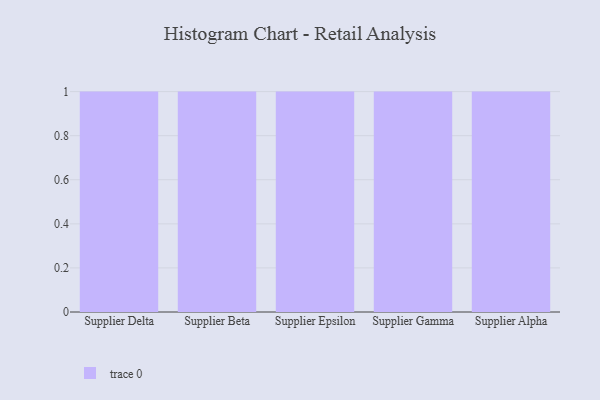
{"axis": {"x": "Supplier", "y": "Demand Index"}, "legend": [""], "data": [{"x": "Supplier Delta", "y": 95, "type": ""}, {"x": "Supplier Beta", "y": 51, "type": ""}, {"x": "Supplier Epsilon", "y": 70, "type": ""}, {"x": "Supplier Gamma", "y": 25, "type": ""}, {"x": "Supplier Alpha", "y": 70, "type": ""}]}